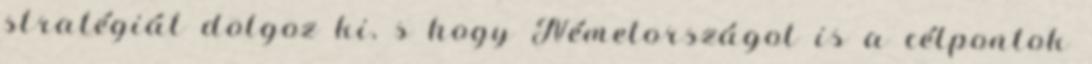
stratégiát dolgoz ki, s hogy Németországot is a célpontok